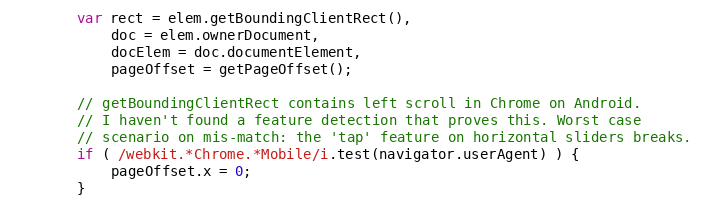
Language: JavaScript
        var rect = elem.getBoundingClientRect(),
            doc = elem.ownerDocument,
            docElem = doc.documentElement,
            pageOffset = getPageOffset();

        // getBoundingClientRect contains left scroll in Chrome on Android.
        // I haven't found a feature detection that proves this. Worst case
        // scenario on mis-match: the 'tap' feature on horizontal sliders breaks.
        if ( /webkit.*Chrome.*Mobile/i.test(navigator.userAgent) ) {
            pageOffset.x = 0;
        }